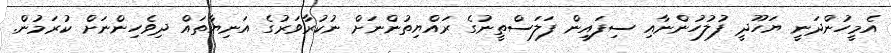
އެމީހުންދަނީ ޔަހޫދީ ފުލުހުންނާއި ސިފައިން ފަލަސްތީނުގެ ރައްޔިތުންނަށް ނުކުރާވަރުގެ އަނިޔާތައް ދިވެހިންނަށް ކުރަމުން.